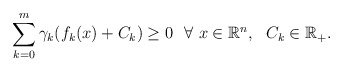
\begin{align*} \sum_{k=0}^{m} \gamma_{k}(f_{k}(x)+C_{k})\ge 0\ \ \forall\ x\in\mathbb{R}^{n}, \ \ C_k\in\mathbb{R}_+.\end{align*}